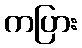
ကပြား